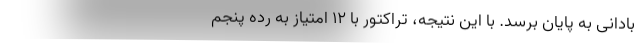
بادانی به پایان برسد. با این نتیجه، تراکتور با ۱۲ امتیاز به رده پنجم